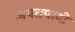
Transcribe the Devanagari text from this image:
जपतपादी